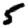
Digit: 5